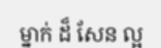
ម្នាក់ ដ៏ សែន ល្អ